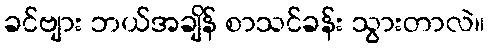
ခင်ဗျား ဘယ်အချိန် စာသင်ခန်း သွားတာလဲ။